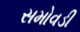
સમોવડી